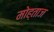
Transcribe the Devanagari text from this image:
मोह्ताज